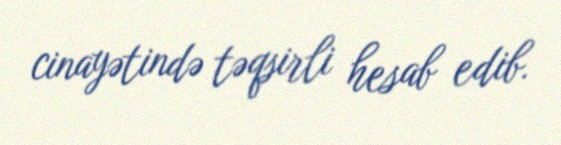
cinayətində təqsirli hesab edib.